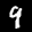
Label: 4